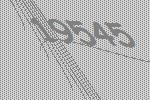
19545